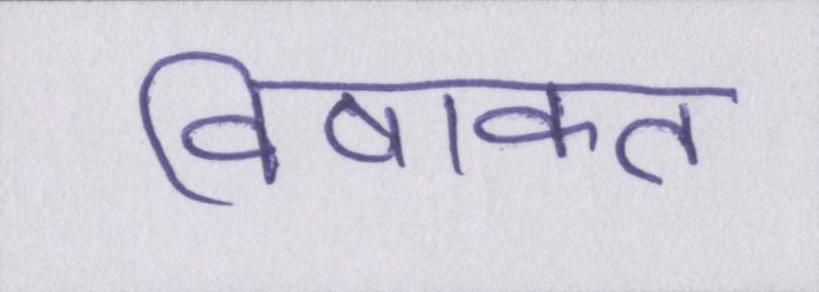
विषाक्त